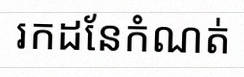
រកដែនកំណត់